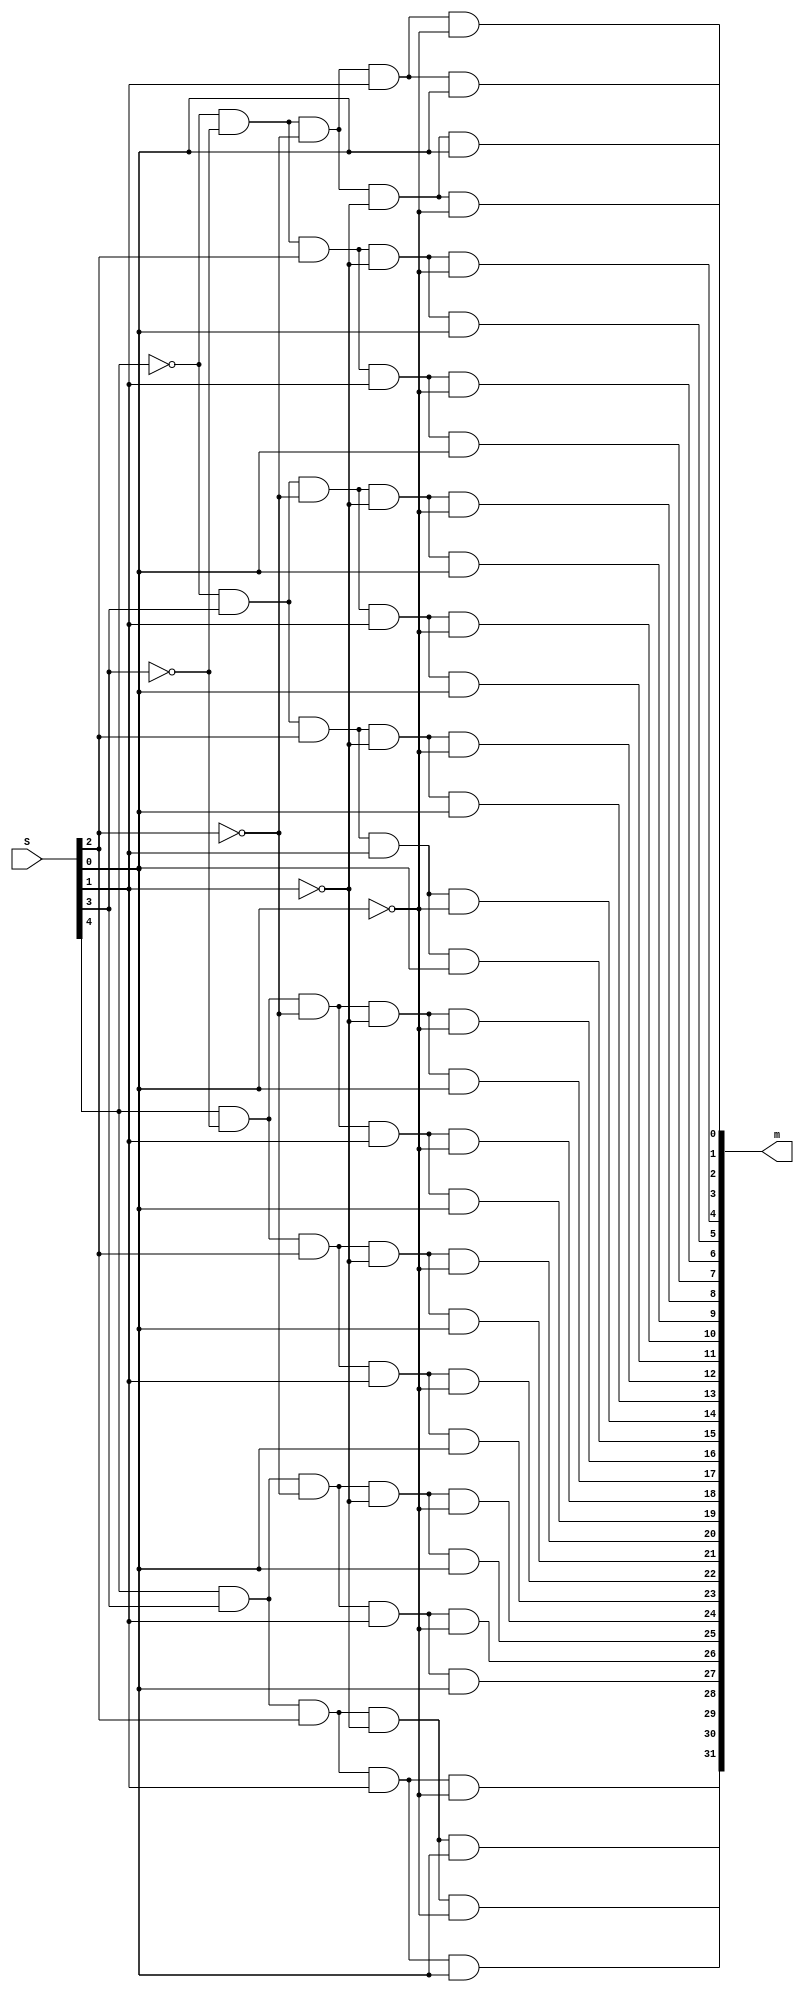
module Decoder5to32(S, m);
	input [4:0] S; //select
	
	output [31:0] m; //minterm outputs
	
	assign m[0]  = ~S[4] & ~S[3] & ~S[2] & ~S[1] & ~S[0]; //enable output specified by select
	assign m[1]  = ~S[4] & ~S[3] & ~S[2] & ~S[1] &  S[0];
	assign m[2]  = ~S[4] & ~S[3] & ~S[2] &  S[1] & ~S[0];
	assign m[3]  = ~S[4] & ~S[3] & ~S[2] &  S[1] &  S[0];
	assign m[4]  = ~S[4] & ~S[3] &  S[2] & ~S[1] & ~S[0];
	assign m[5]  = ~S[4] & ~S[3] &  S[2] & ~S[1] &  S[0];
	assign m[6]  = ~S[4] & ~S[3] &  S[2] &  S[1] & ~S[0];
	assign m[7]  = ~S[4] & ~S[3] &  S[2] &  S[1] &  S[0];
	assign m[8]  = ~S[4] &  S[3] & ~S[2] & ~S[1] & ~S[0];
	assign m[9]  = ~S[4] &  S[3] & ~S[2] & ~S[1] &  S[0];
	assign m[10] = ~S[4] &  S[3] & ~S[2] &  S[1] & ~S[0];
	assign m[11] = ~S[4] &  S[3] & ~S[2] &  S[1] &  S[0];
	assign m[12] = ~S[4] &  S[3] &  S[2] & ~S[1] & ~S[0];
	assign m[13] = ~S[4] &  S[3] &  S[2] & ~S[1] &  S[0];
	assign m[14] = ~S[4] &  S[3] &  S[2] &  S[1] & ~S[0];
	assign m[15] = ~S[4] &  S[3] &  S[2] &  S[1] &  S[0];
	assign m[16] =  S[4] & ~S[3] & ~S[2] & ~S[1] & ~S[0];
	assign m[17] =  S[4] & ~S[3] & ~S[2] & ~S[1] &  S[0];
	assign m[18] =  S[4] & ~S[3] & ~S[2] &  S[1] & ~S[0];
	assign m[19] =  S[4] & ~S[3] & ~S[2] &  S[1] &  S[0];
	assign m[20] =  S[4] & ~S[3] &  S[2] & ~S[1] & ~S[0];
	assign m[21] =  S[4] & ~S[3] &  S[2] & ~S[1] &  S[0];
	assign m[22] =  S[4] & ~S[3] &  S[2] &  S[1] & ~S[0];
	assign m[23] =  S[4] & ~S[3] &  S[2] &  S[1] &  S[0];
	assign m[24] =  S[4] &  S[3] & ~S[2] & ~S[1] & ~S[0];
	assign m[25] =  S[4] &  S[3] & ~S[2] & ~S[1] &  S[0];
	assign m[26] =  S[4] &  S[3] & ~S[2] &  S[1] & ~S[0];
	assign m[27] =  S[4] &  S[3] & ~S[2] &  S[1] &  S[0];
	assign m[28] =  S[4] &  S[3] &  S[2] & ~S[1] & ~S[0];
	assign m[29] =  S[4] &  S[3] &  S[2] & ~S[1] &  S[0];
	assign m[30] =  S[4] &  S[3] &  S[2] &  S[1] & ~S[0];
	assign m[31] =  S[4] &  S[3] &  S[2] &  S[1] &  S[0];
	
endmodule